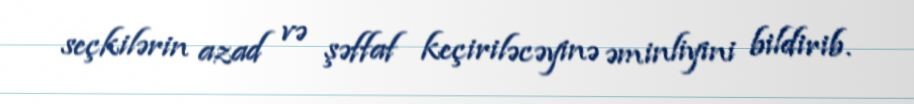
seçkilərin azad və şəffaf keçiriləcəyinə əminliyini bildirib.